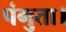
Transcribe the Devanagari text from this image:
पंगुता।